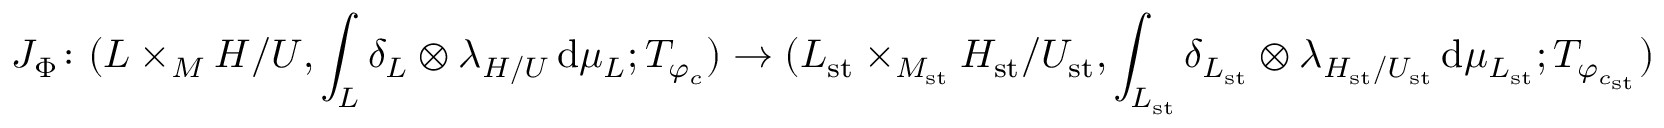
J _ { \Phi } \colon ( L \times _ { M } H / U , \int _ { L } \delta _ { L } \otimes \lambda _ { H / U } \, \mathrm { d } \mu _ { L } ; T _ { \varphi _ { c } } ) \rightarrow ( L _ { \mathrm { s t } } \times _ { M _ { \mathrm { s t } } } H _ { \mathrm { s t } } / U _ { \mathrm { s t } } , \int _ { L _ { \mathrm { s t } } } \delta _ { L _ { \mathrm { s t } } } \otimes \lambda _ { H _ { \mathrm { s t } } / U _ { \mathrm { s t } } } \, \mathrm { d } \mu _ { L _ { \mathrm { s t } } } ; T _ { \varphi _ { c _ { \mathrm { s t } } } } )